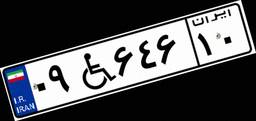
۰۹W۶۴۶۱۰